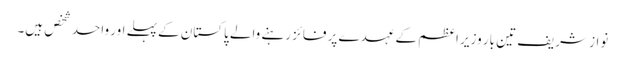
نواز شریف تین بار وزیر اعظم کے عہدے پر فائز رہنے والے پاکستان کے پہلے اور واحد شخص ہیں۔